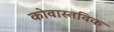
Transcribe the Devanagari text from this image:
कोवास्तविक